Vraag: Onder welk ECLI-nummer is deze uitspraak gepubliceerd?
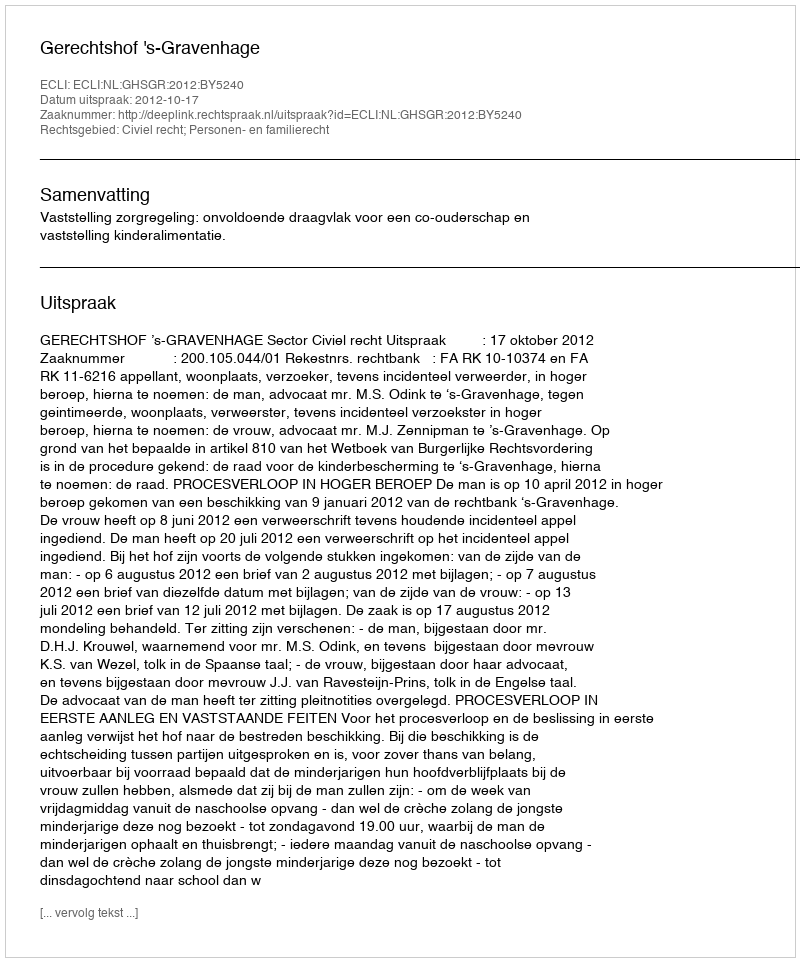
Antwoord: ECLI:NL:GHSGR:2012:BY5240